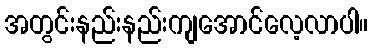
အတွင်းနည်းနည်းကျအောင်လေ့လာပါ။